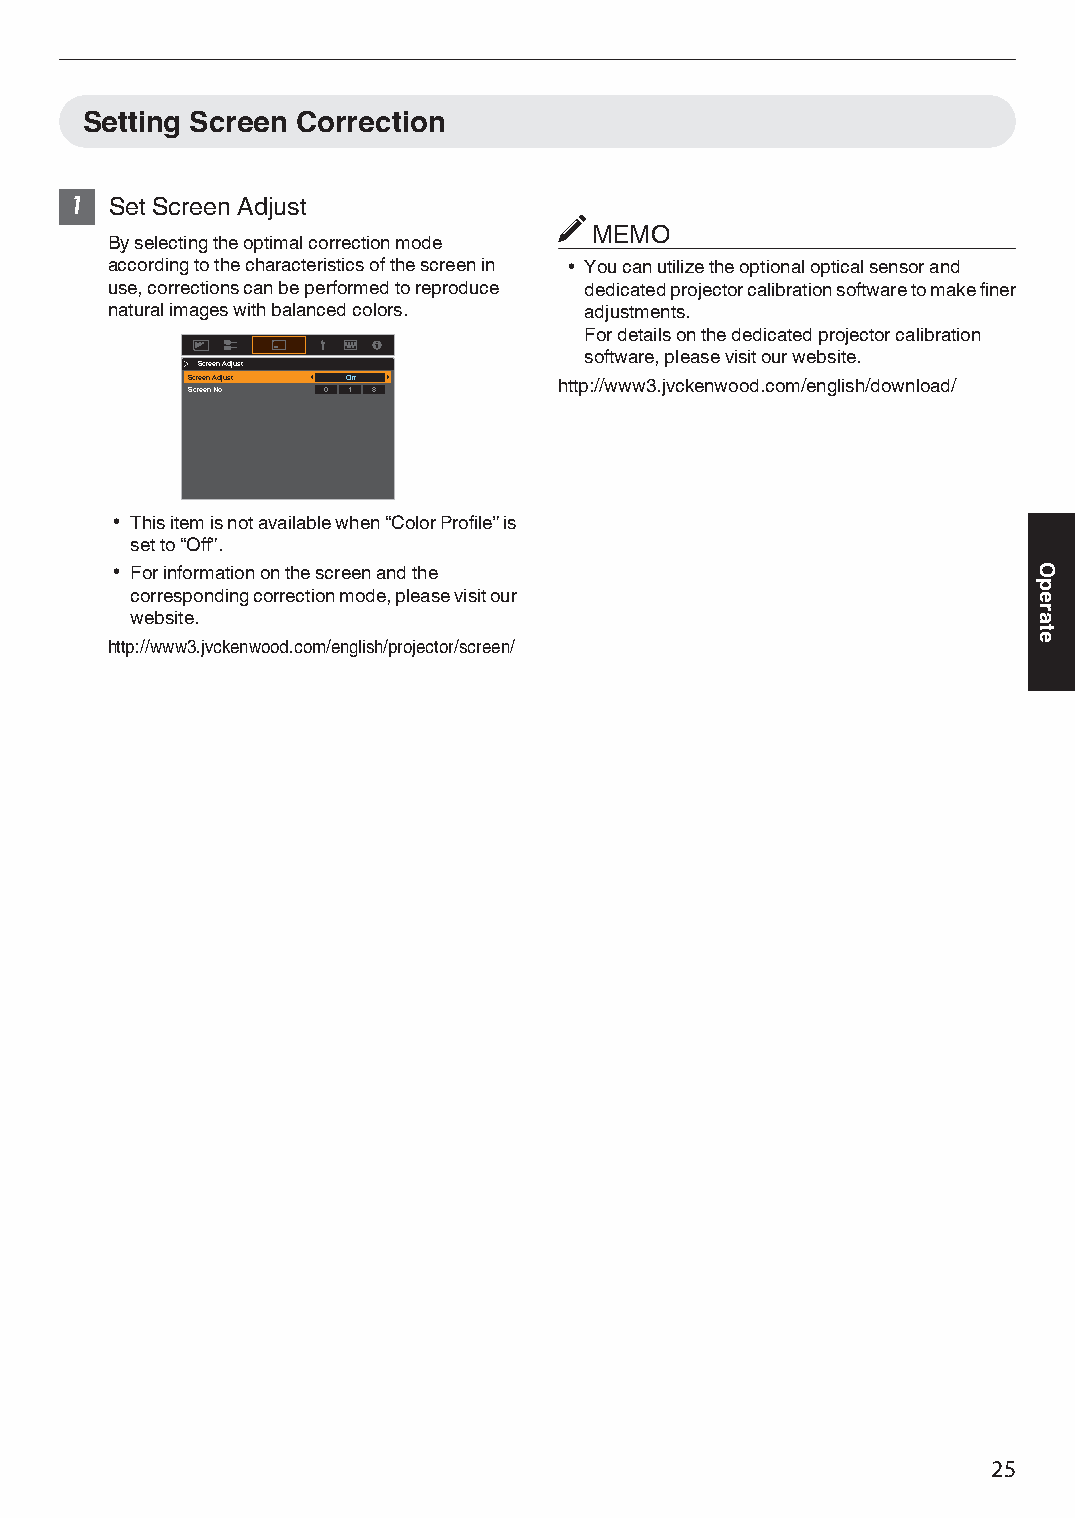
Setting Screen Correction
 1 Set Screen Adjust
 MEMO
 By selecting the optimal correction mode
 according to the characteristics of the screen in 0 You can utilize the optional optical sensor and
 use, corrections can be performed to reproduce dedicated projector calibration software to make finer
 natural images with balanced colors. adjustments.
 For details on the dedicated projector calibration
 software, please visit our website.
 Screen Adjust
 Screen Adjust Off        http://www3.jvckenwood.com/english/download/
 Screen No. 0 1 8
 0 This item is not available when “Color Profile” is
 set to “Off”.
 0 For information on the screen and the
 corresponding correction mode, please visit our
 website.
 http://www3.jvckenwood.com/english/projector/screen/
 25
 Operate